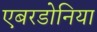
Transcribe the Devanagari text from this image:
एबरडोनिया